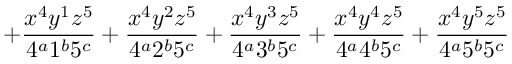
+ \frac { x ^ { 4 } y ^ { 1 } z ^ { 5 } } { 4 ^ { a } 1 ^ { b } 5 ^ { c } } + \frac { x ^ { 4 } y ^ { 2 } z ^ { 5 } } { 4 ^ { a } 2 ^ { b } 5 ^ { c } } + \frac { x ^ { 4 } y ^ { 3 } z ^ { 5 } } { 4 ^ { a } 3 ^ { b } 5 ^ { c } } + \frac { x ^ { 4 } y ^ { 4 } z ^ { 5 } } { 4 ^ { a } 4 ^ { b } 5 ^ { c } } + \frac { x ^ { 4 } y ^ { 5 } z ^ { 5 } } { 4 ^ { a } 5 ^ { b } 5 ^ { c } }